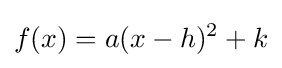
f(x)=a(x-h)^{2}+k